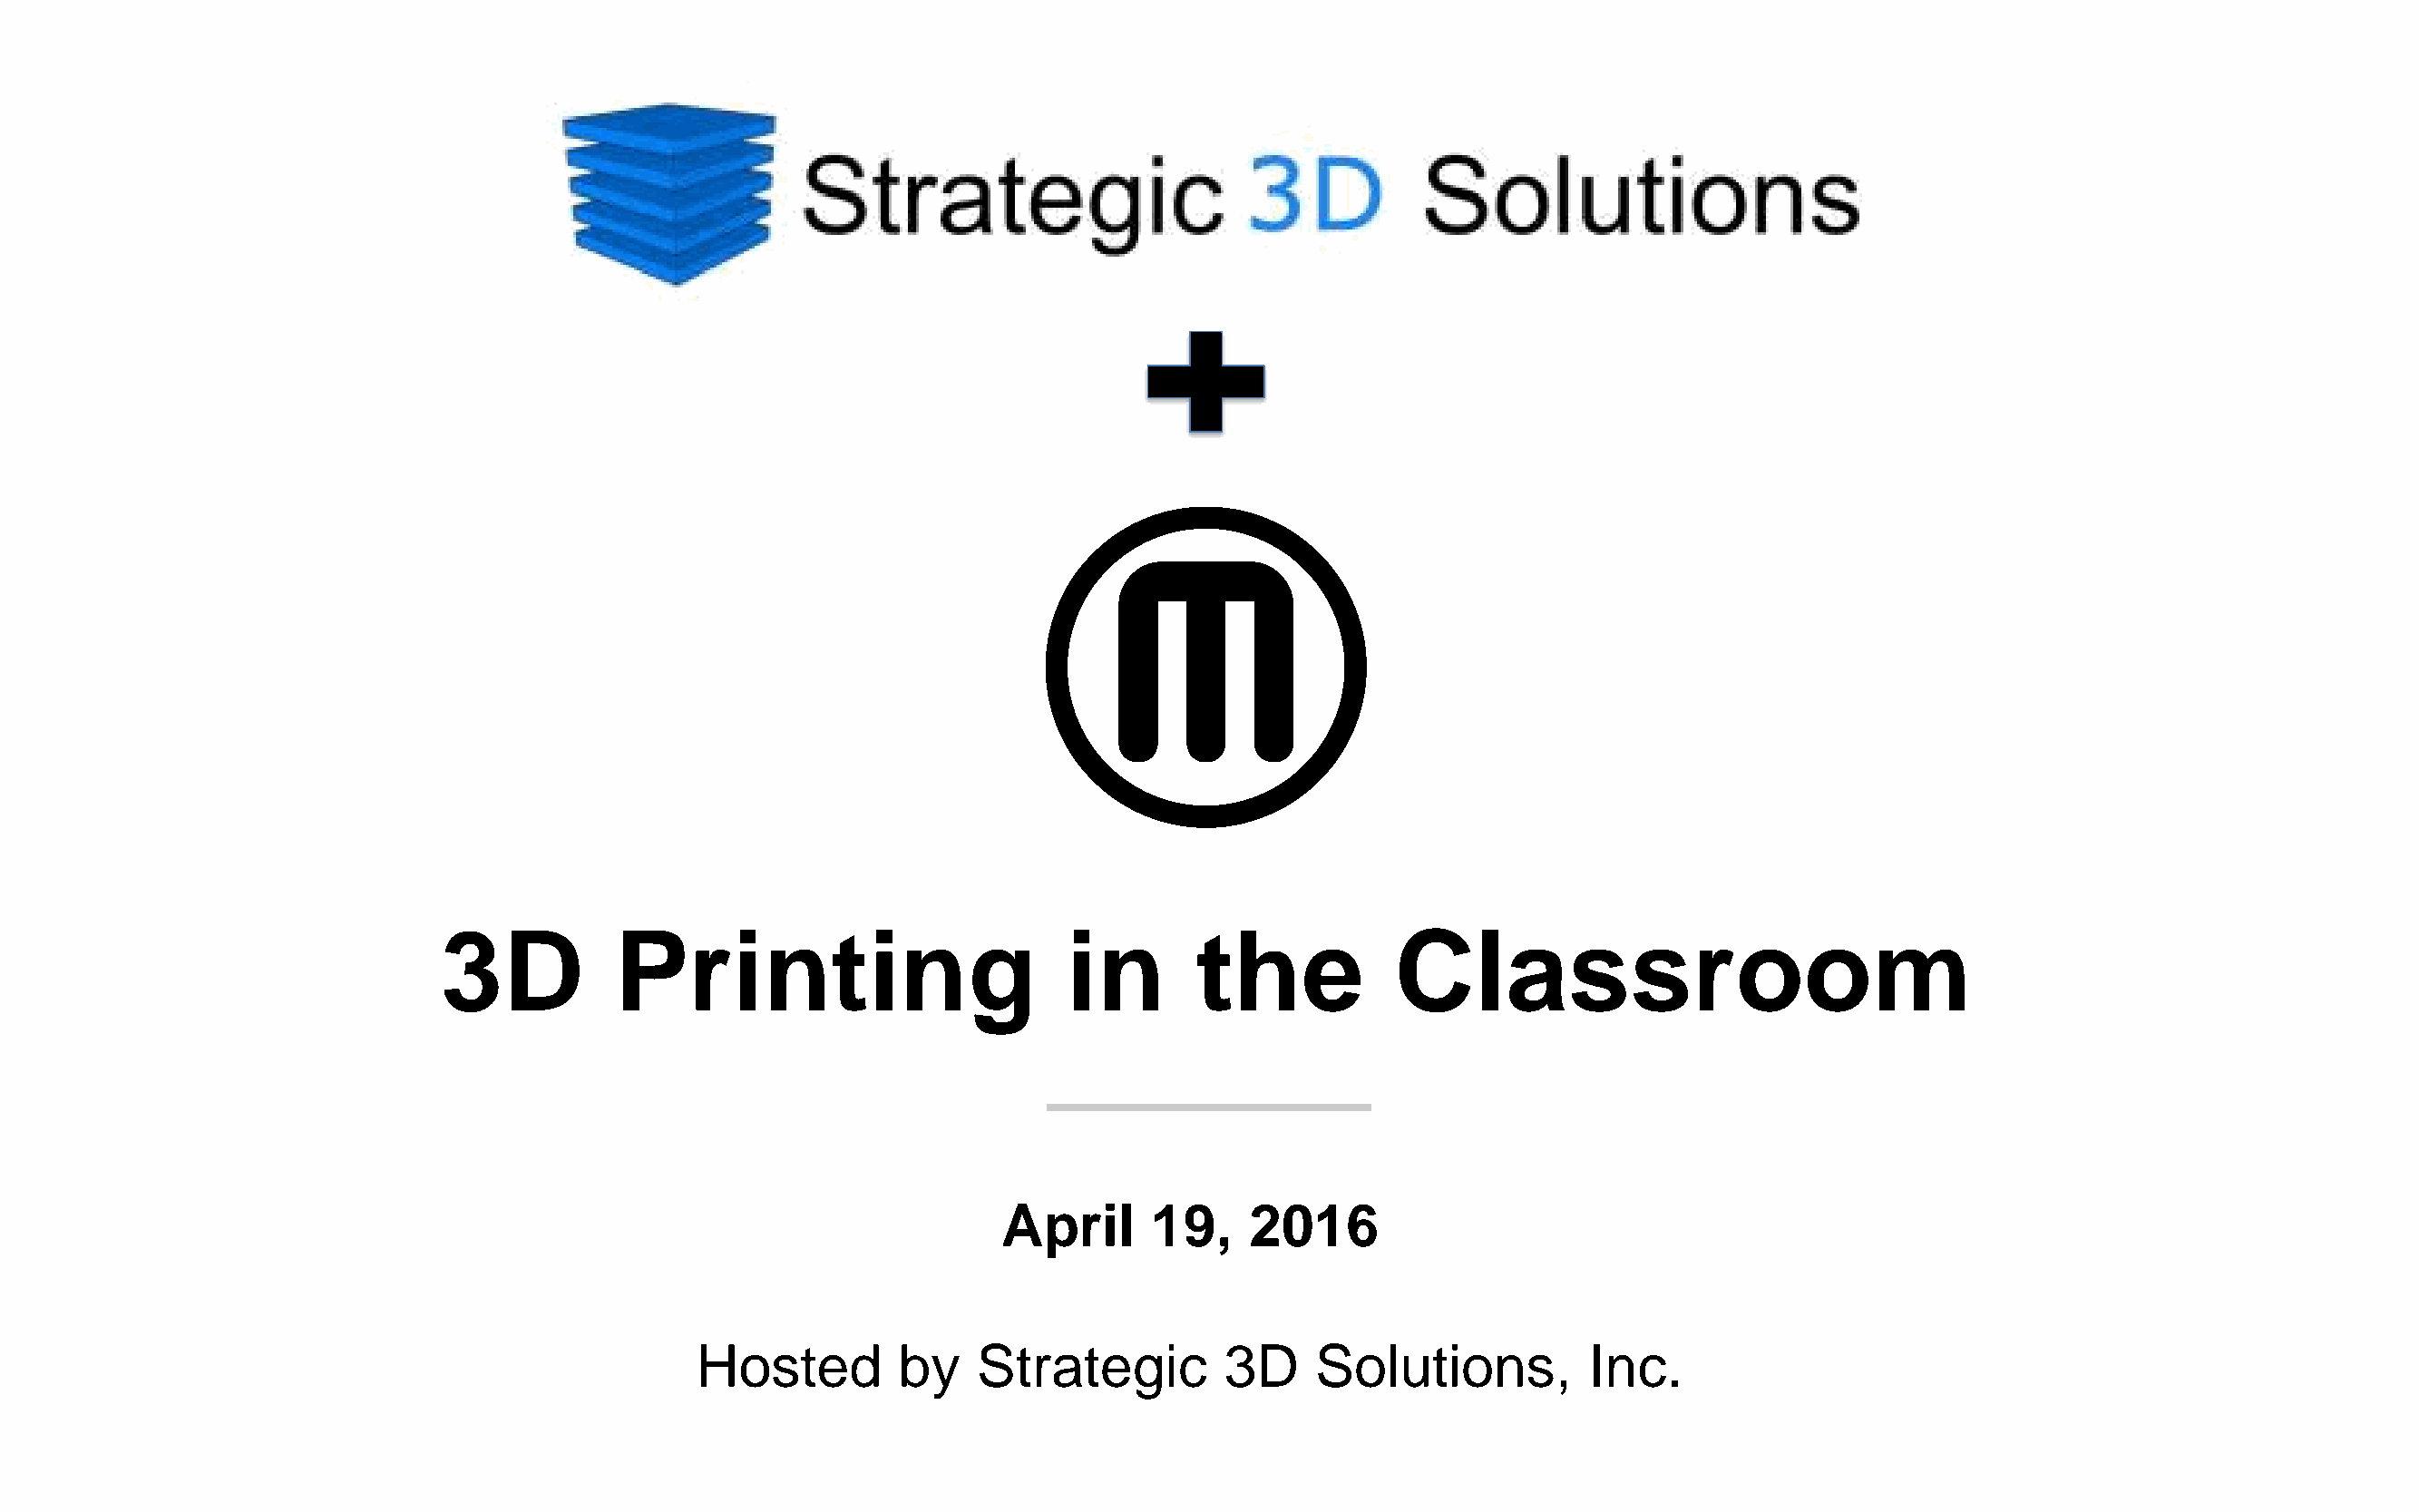
3D           Printing                         in       the            Classroom
 April      19,    2016
 Hosted         by   Strategic         3D     Solutions,          Inc.